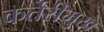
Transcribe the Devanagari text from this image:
कर्तरीमुख